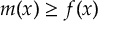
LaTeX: m ( x ) \geq f ( x )